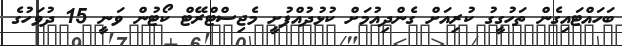
ބަހައްޓައިގެން ތަހުގީގު ކުރިއަށް ގެންދިއުމަށް ކުޅުދުއްފުށީ މެޖިސްޓްރޭޓް ކޯޓުން ވަނީ 15 ދުވަހުގެ